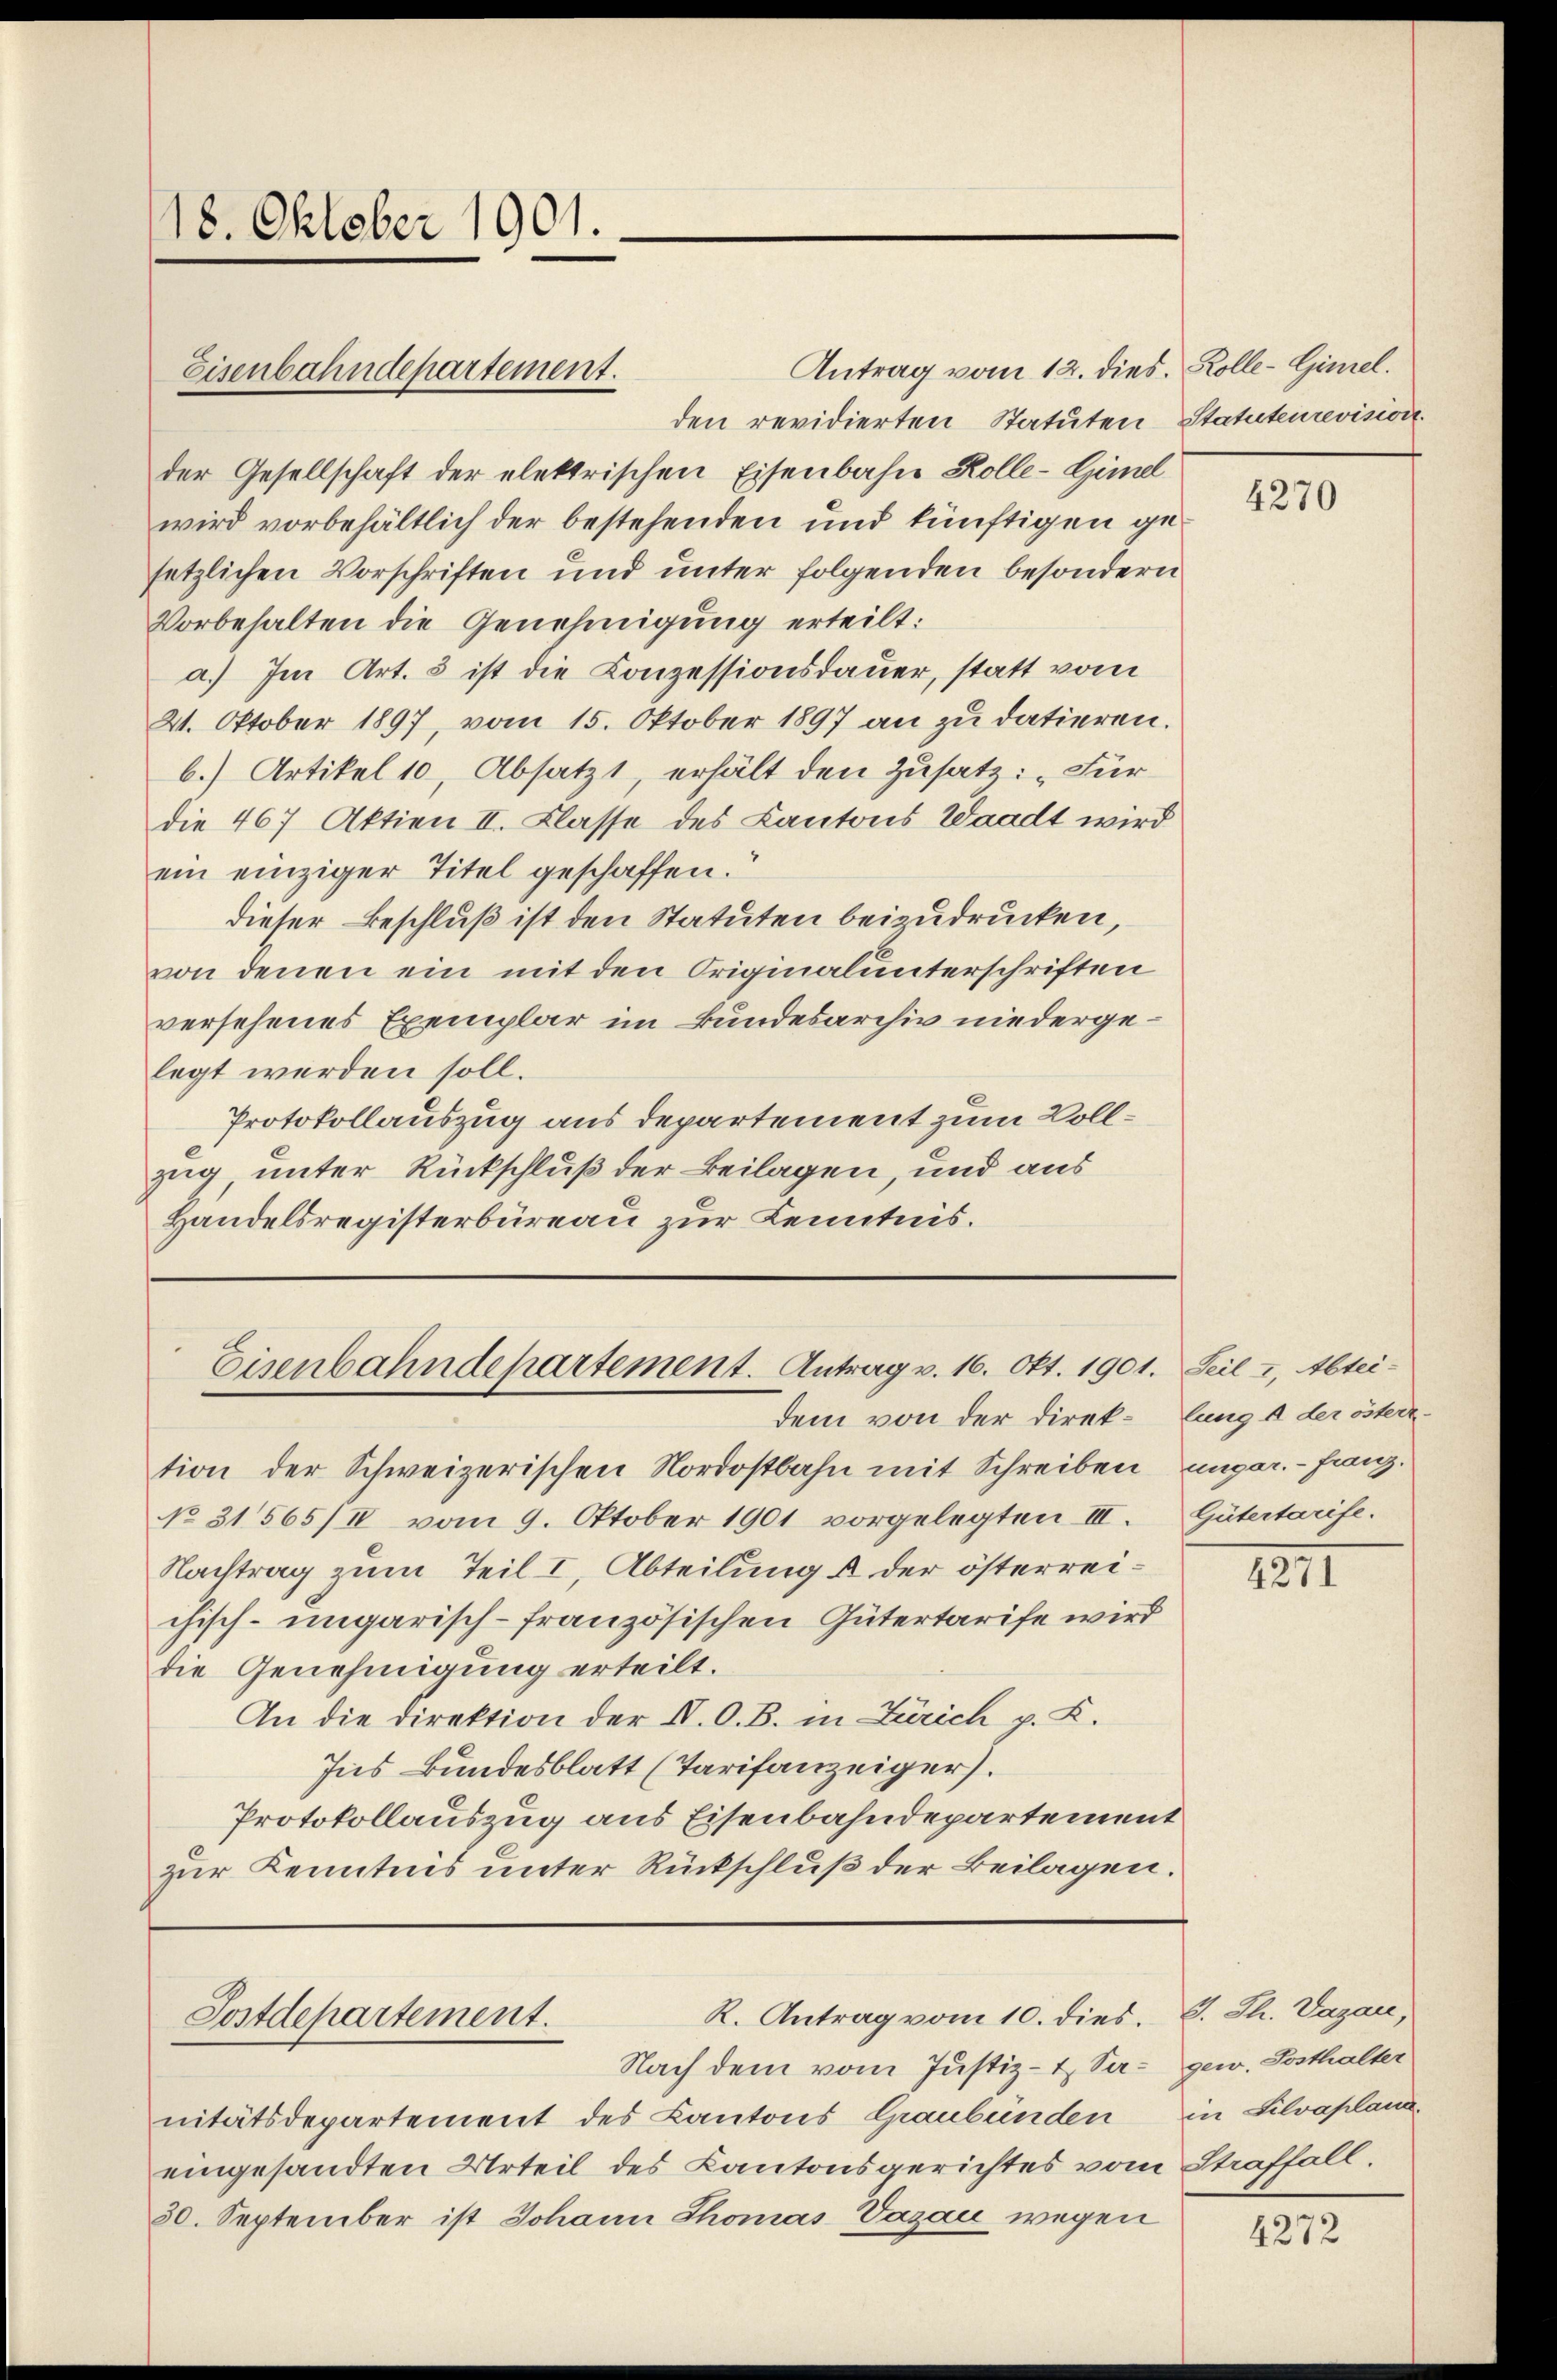
18. Oktober 1901.

Antrag vom 12. dies. Kolle-Gimel.
den revidierten Statuten Statuteurevision.
der Gesellschaft der elektrischen Eisenbahn Kolle-Gimel
wird vorbehältlich der bestehenden und künftigen ge-
setzlichen Vorschriften und unter folgenden besondern
Vorbehalten die Genehmigung erteilt:
a.) Im Art. 3 ist die Conzessionsdauer, statt vom
21. Oktober 1897, vom 15. Oktober 1897 an zu datieren.
b.) Artikel 10, Absatzt, erhält den Zusatz: „Für
die 467 Aktien II. Klasse des Kantons Waadt wird
ein einziger Titel geschaffen.
dieser Beschluß ist den Statuten beizudrucken,
von denen ein mit den Originalunterschriften
versehenes Exemplar im Bundesarchiv niedergelegt werden soll.
Protokollauszug aus departement zum Vollzug, unter Rückschluß der Beilagen, und aus
Handelsregisterbüreau zur Kenntnis.

Eisenbahndepartement.

Eisenbahndepartement. Antrag v. 16. Okt. 1901. Seil z, Abtei¬

tion der Schweizerischen Nordostbahn mit Schreiben, unger. - Fanz.
No 31565/IV vom 9. Oktober 1901 vorgelegten III.
Nachtrag zum Teil I, Abteilung u der österreichisch-ungarisch-französischen Gütertarife wird
die Genehmigung erteilt.
An die Direktion der IV. O. B. in Zürich p. K.
Ins Bundesblatt (Tarifanzeiger.
Protokollauszug aus Eisenbahndepartement
zur Kenntnis unter Rückschluß der Beilagen.

K. Antrag vom 10. dies.
Postdepartement.

Nach dem vom Justiz- & Sanitätsdepartement des Kantons Graubünden
eingesandten Urteil des Kantonsgerichtes vom
30. September ist Johann Thomas Vagau wegen

dem von der Direk-lung 4 der österr¬

4270

Gütertarife.

4271

v. Th. Dagan,
gew. Posthalter
in Lilvaplana.
Straffall

4272